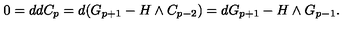
0 = d d C _ { p } = d ( G _ { p + 1 } - H \wedge C _ { p - 2 } ) = d G _ { p + 1 } - H \wedge G _ { p - 1 } .